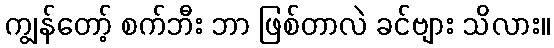
ကျွန်တော့် စက်ဘီး ဘာ ဖြစ်တာလဲ ခင်ဗျား သိလား။